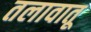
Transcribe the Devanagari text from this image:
तलावातू